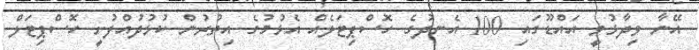
އޭނާ ވިދާޅުވީ އައްޑޫގައި 100 އެނދުގެ ހޮސްޕިޓަލެއް އެޅުމުގެ އިތުރުން ކުޅުދުއްފުށީ ހޮސްޕިޓަލް